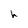
Character: h